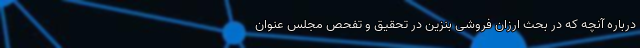
درباره آنچه که در بحث ارزان فروشی بنزین در تحقیق و تفحص مجلس عنوان